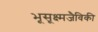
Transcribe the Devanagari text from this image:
भूसूक्ष्मजैविकी